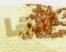
إنها